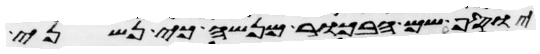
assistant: יוסף שם הבכור מנשה כי נשני